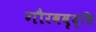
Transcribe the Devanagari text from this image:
गौरववृद्धि